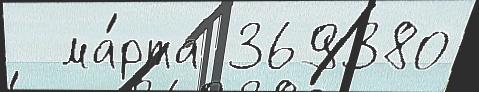
  ма́рта 369380